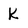
Character: K